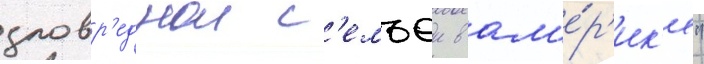
зловр'еднои с'емьеи в ам'е́р'ик'е"